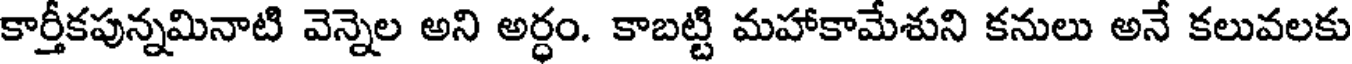
కార్తీకపున్నమినాటి వెన్నెల అని అర్ధం. కాబట్టి మహాకామేశుని కనులు అనే కలువలకు